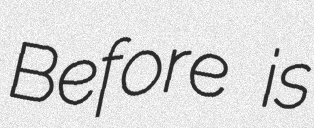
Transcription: Before is